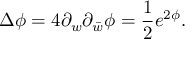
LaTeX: \Delta \phi = 4 \partial _ { w } \partial _ { \bar { w } } \phi = { \frac { 1 } { 2 } } e ^ { 2 \phi } .